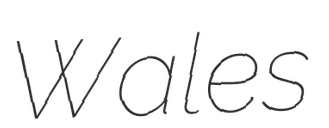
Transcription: Wales